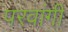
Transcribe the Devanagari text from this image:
परवांगी